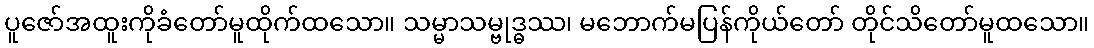
ပူဇော်အထူးကိုခံတော်မူထိုက်ထသော။ သမ္မာသမ္ဗုဒ္ဓဿ၊ မဘောက်မပြန်ကိုယ်တော် တိုင်သိတော်မူထသော။